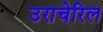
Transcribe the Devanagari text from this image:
उराचेरिल